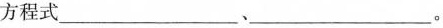
方程式___、___。